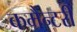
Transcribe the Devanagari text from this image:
कमैन्टरी